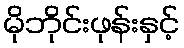
မိုဘိုင်းဖုန်းနှင့်